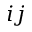
i j